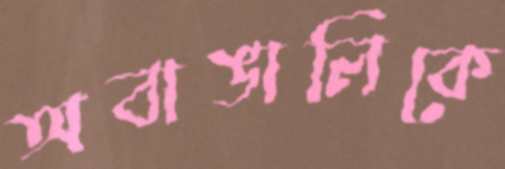
অবাঙালিকে